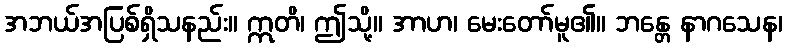
အဘယ်အပြစ်ရှိသနည်း။ ဣတိ၊ ဤသို့။ အာဟ၊ မေးတော်မူ၏။ ဘန္တေ နာဂသေန၊